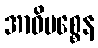
အာဓိပစ္စေန